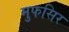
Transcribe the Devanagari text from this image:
मुफसिर